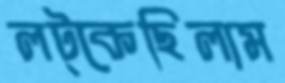
লট্‌কেছিলাম